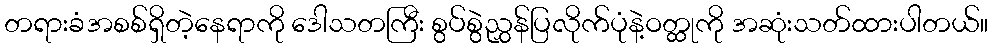
တရားခံအစစ်ရှိတဲ့နေရာကို ဒေါသတကြီး စွပ်စွဲညွှန်ပြလိုက်ပုံနဲ့ဝတ္ထုကို အဆုံးသတ်ထားပါတယ်။